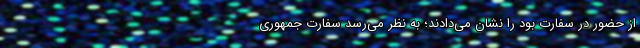
از حضور در سفارت بود را نشان می‌دادند؛ به نظر می‌رسد سفارت جمهوری